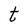
Character: t